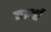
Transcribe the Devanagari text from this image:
बार्था